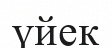
үйек